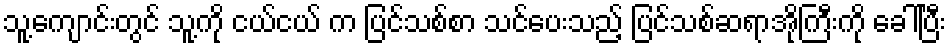
သူ့ကျောင်းတွင် သူ့ကို ငယ်ငယ် က ပြင်သစ်စာ သင်ပေးသည့် ပြင်သစ်ဆရာအိုကြီးကို ခေါ်ပြီး